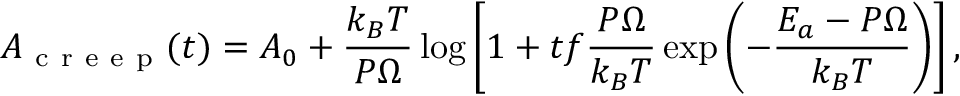
A _ { \mathrm { ~ c ~ r ~ e ~ e ~ p ~ } } ( t ) = A _ { 0 } + \frac { k _ { B } T } { P \Omega } \log \left[ 1 + t f \frac { P \Omega } { k _ { B } T } \exp \left( - \frac { E _ { a } - P \Omega } { k _ { B } T } \right) \right] ,